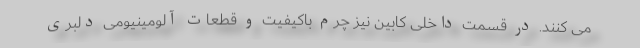
می کنند. در قسمت داخلی کابین نیز چرم باکیفیت و قطعات آلومینیومی دلبری